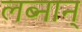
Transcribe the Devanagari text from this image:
लब्नान्